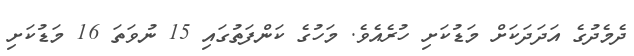
ދެމެދުގެ އަދަދަކަށް މަޑުކަށި ހުރެއެވެ. މަހުގެ ކަންފަތުގައި 15 ނުވަތަ 16 މަޑުކަށި